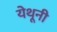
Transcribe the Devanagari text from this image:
येथूनी